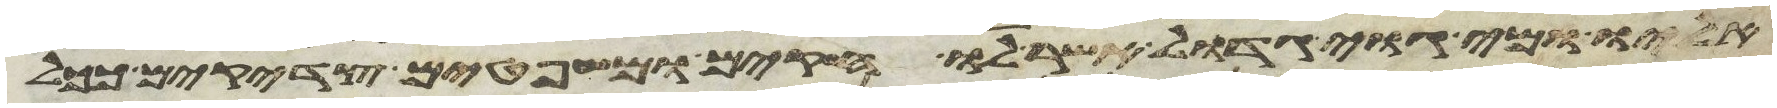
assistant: אליו ומי גוי גדול אשר לו חקים ומשפטים צדקים ככל